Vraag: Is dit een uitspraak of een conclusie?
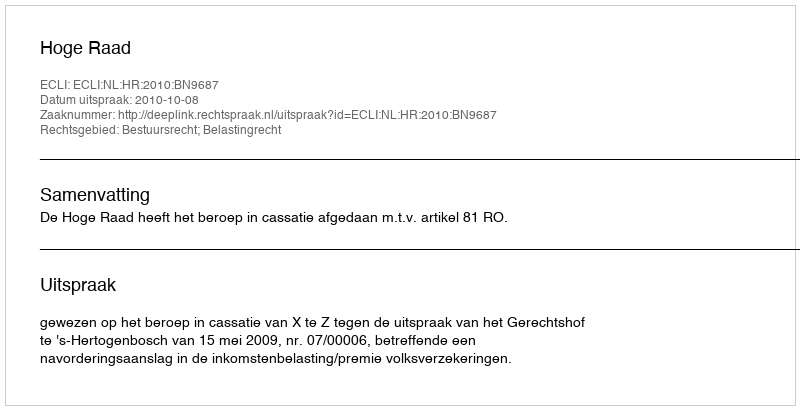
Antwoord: Uitspraak